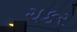
ચકર